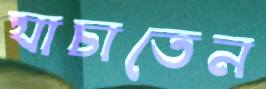
যাচাতেন